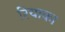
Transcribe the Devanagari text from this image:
रियाका